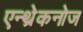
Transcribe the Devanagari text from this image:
एन्थ्रेकनोज